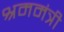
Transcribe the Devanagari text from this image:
श्रममंत्री